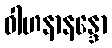
ဝါဟနာနန္ဒော